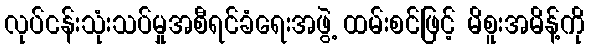
လုပ်ငန်းသုံးသပ်မှုအစီရင်ခံရေးအဖွဲ့ ထမ်းစင်ဖြင့် မိစူးအမိန့်ကို